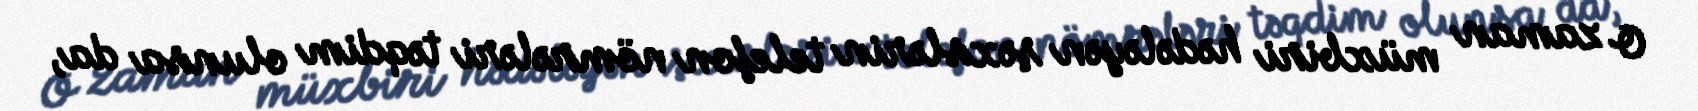
O zaman müxbiri hədələyən şəxslərin telefon nömrələri təqdim olunsa da,